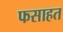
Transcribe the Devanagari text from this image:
फसाहत